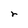
Character: r